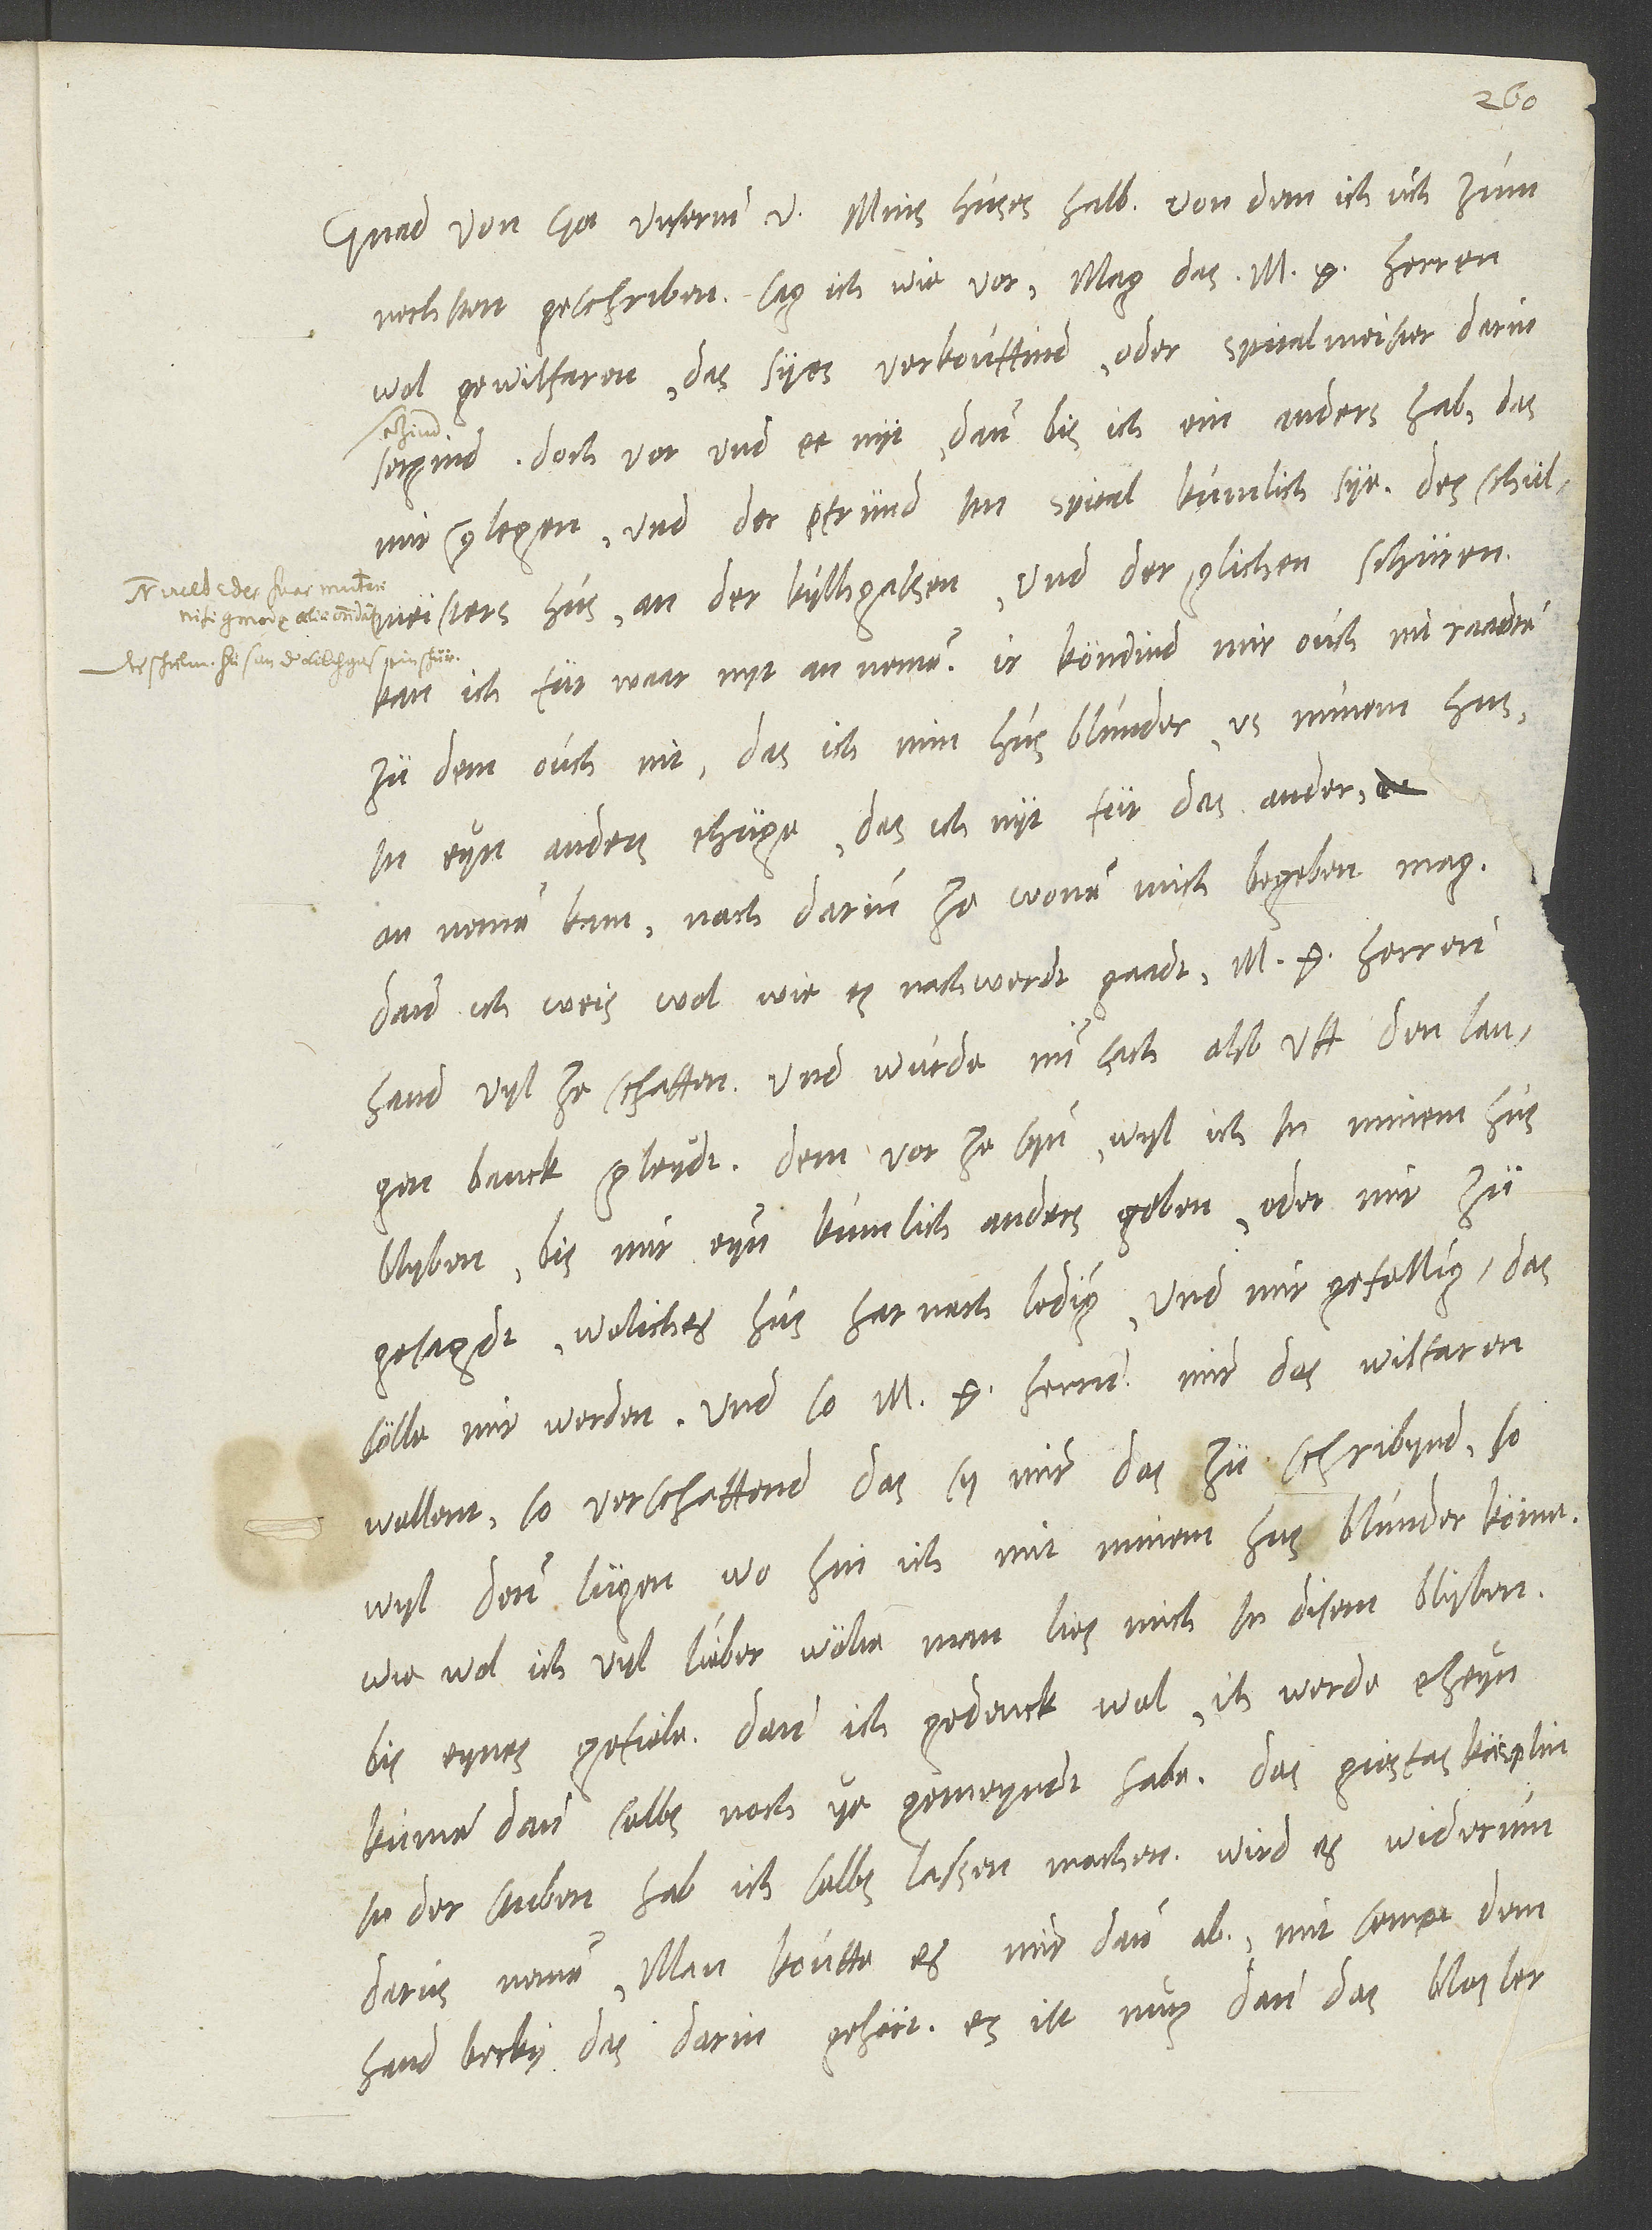
26.
Gnad von got, unsermm v. Mins huses halb, von dem ich uch zum
nechsten geschriben, sag ich wie vor: Mag das m herren
wol gewilfaren, das syes verkouffind oder spitalmeister darin
setzind, doch vor und ee nyt, dann bis ich ein anders hab, das
mir glegen und der pfründ im spital kumlich sye. Des schülmeisters
kan ich für waar nyt an nemen. Ir köndind mir ouch nit raadten
zu dem, ouch nit, das ich min hus blunder us minem hus
in eyn anders thüge, das ich nyt für das ander
an nemen kan nach darinn ze wonen mich begeben mag.
Dann ich weis wol, wie es nachwerdt gaadt. M. g. herrenn
hand vyl ze schaffen, und wurde min sach also uff den langen
banck gleydt. Dem vor ze syn, wyl ich in minem hus
blyben, bis mir eyn kumlich anders geben oder mir zü
gesagdt, weliches hus har nach ledig und mir gefellig, das
sölle mir werden. Und so m.g. herrnn mir das wilfaren
wellent, so verschaffend, das sy mir das zü schribynd; so
wyl denn lügen, wo hin ich mit minem hus blunder köme,
wie wol ich vyl lieber wölte, man lies mich in disem blyben,
bis eynes gefiele. Dann ich gedenck wol, ih werde eheyn
kumen, dann selbs noch ye gemeyndt habe. Das giesfaskäsplin
in der stuben hab ich selbs lassen machen; wird es widerum
darus nemen, man kouffe es mir dann ab mit sempt dem
hand becky, das darin gehört. Es ist nutz dann das bios ler